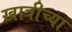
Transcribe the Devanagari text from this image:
खात्रीच्या